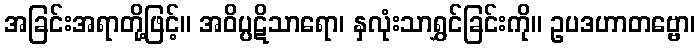
အခြင်းအရာတို့ဖြင့်။ အဝိပ္ပဋိသာရော၊ နှလုံးသာရွှင်ခြင်းကို။ ဥပဒဟာတဗ္ဗော၊